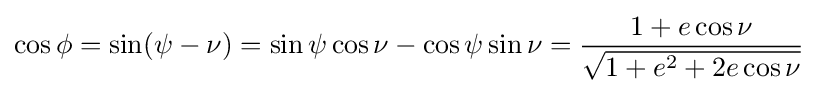
\cos \phi =\sin(\psi -\nu )=\sin \psi \cos \nu -\cos \psi \sin \nu ={\frac {1+e\cos \nu }{\sqrt {1+e^{2}+2e\cos \nu }}}